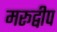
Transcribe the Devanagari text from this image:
मरूद्वीप